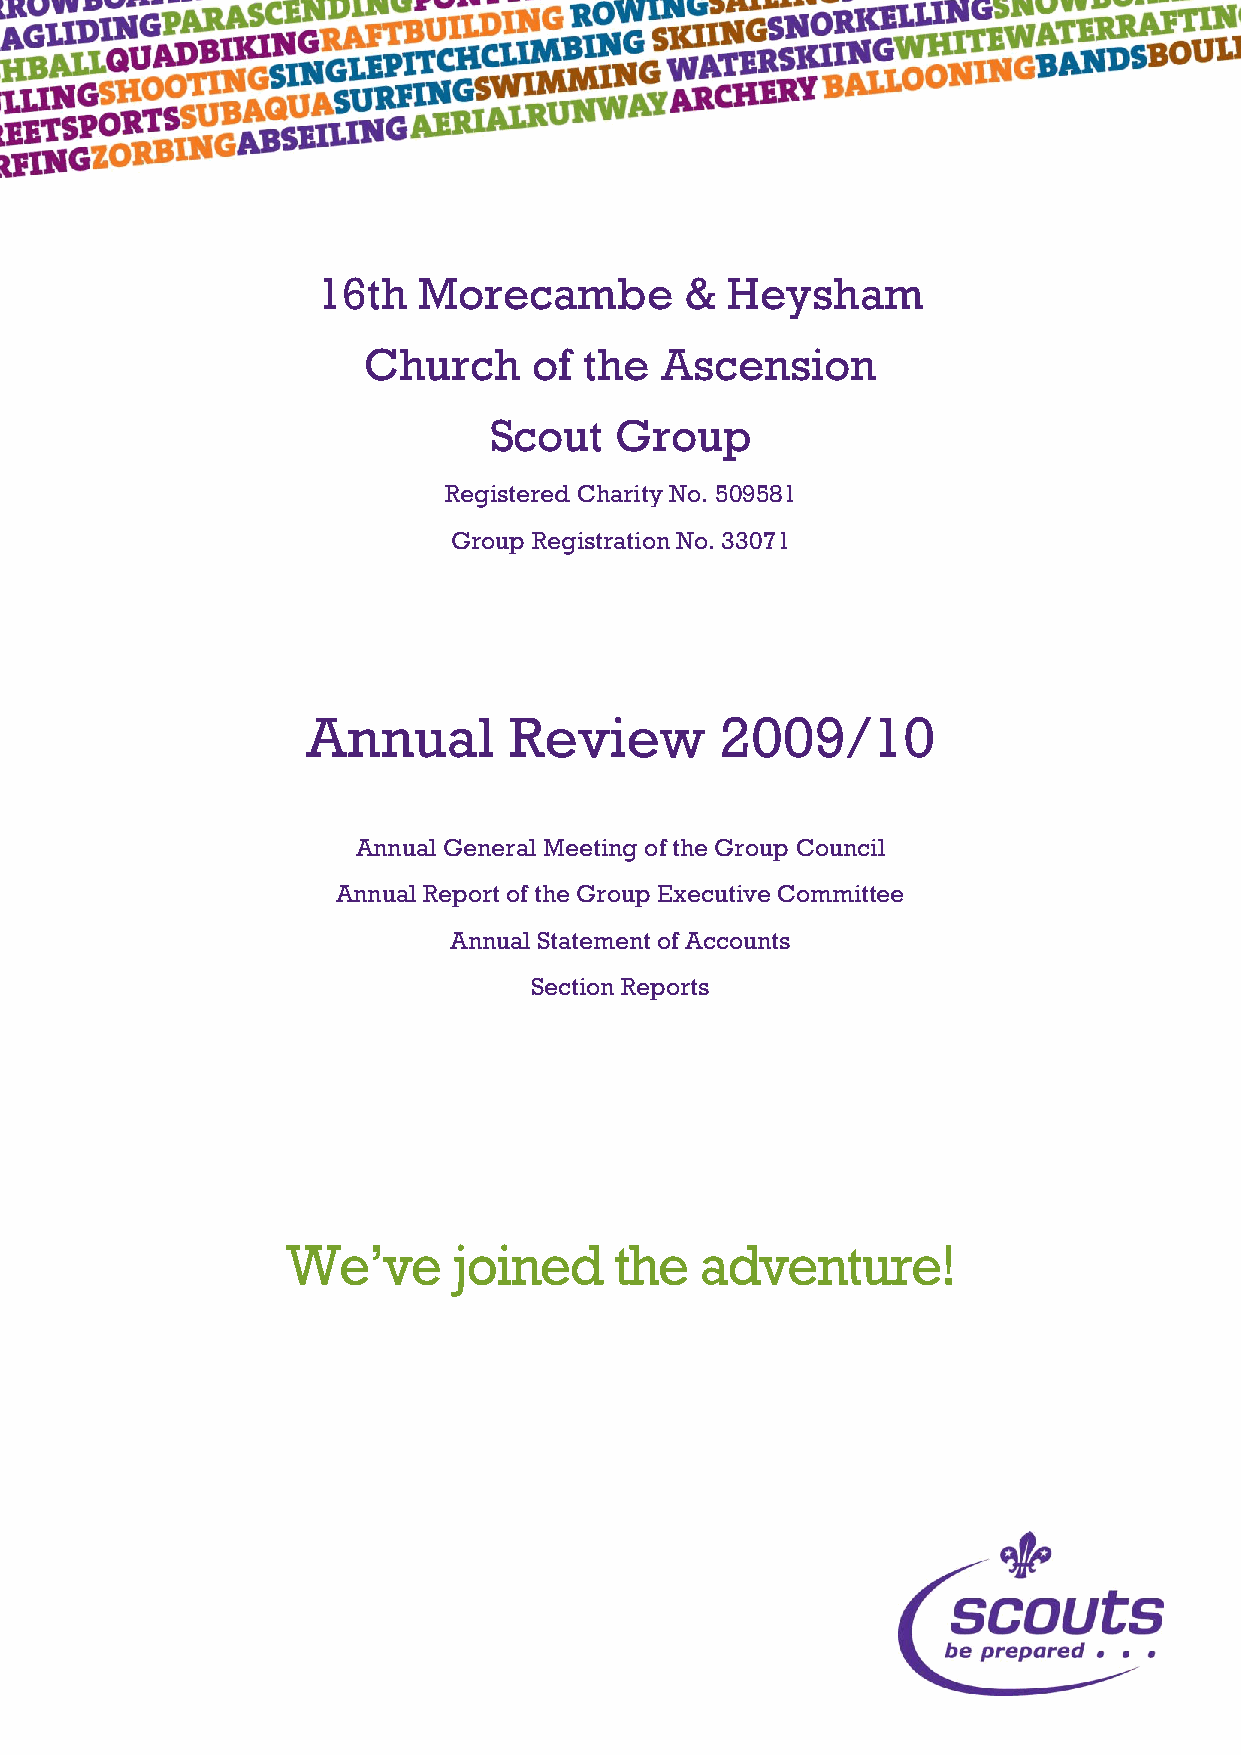
16th   Morecambe        &  Heysham
 Church     of  the  Ascension
 Scout    Group
 Registered Charity No. 509581
 Group Registration No. 33071
 Annual        Review        2009/10
 Annual General Meeting of the Group Council
 Annual Report of the Group Executive Committee
 Annual Statement of Accounts
 Section Reports
 We’ve      joined     the  adventure!